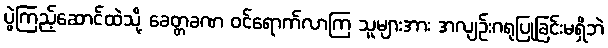
ပွဲကြည့်ဆောင်ထဲသို့ ခေတ္တခဏ ဝင်ရောက်လာကြ သူများအား အလျဉ်းဂရုပြုခြင်းမရှိဘဲ